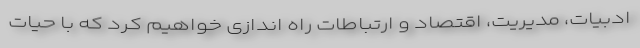
ادبیات، مدیریت، اقتصاد و ارتباطات راه اندازی خواهیم کرد که با حیات